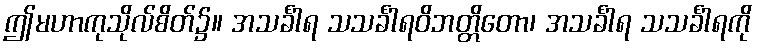
ဤမဟာကုသိုလ်စိတ်၌။ အသင်္ခါရ သသင်္ခါရဝိဘတ္တိတော၊ အသင်္ခါရ သသင်္ခါရကို